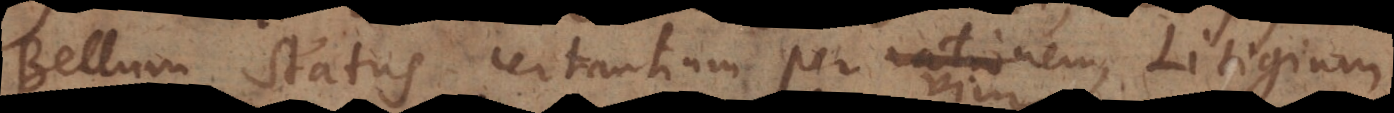
Bellum status certantium per rationem, Litigium